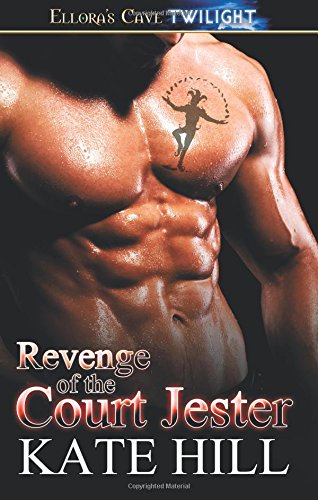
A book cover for Revenge Of The Court Jester (Ancient Blood); Kate Hill; Romance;